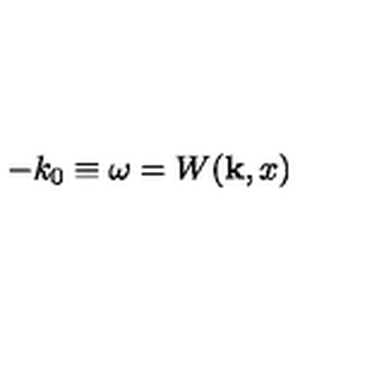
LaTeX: - k _ { 0 } { } \equiv { } \omega { } = { } W ( { \bf k } , x )